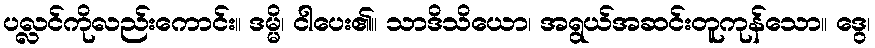
ပလ္လင်ကိုလည်းကောင်း။ ဒမ္မိ၊ ငါပေး၏။ သာဒိသိယော၊ အရွယ်အဆင်းတူကုန်သော။ ဒွေ၊